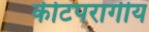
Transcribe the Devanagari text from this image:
कीटपरागीय